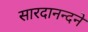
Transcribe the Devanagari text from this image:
सारदानन्दने